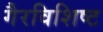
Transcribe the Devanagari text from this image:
गैरविशिष्ट